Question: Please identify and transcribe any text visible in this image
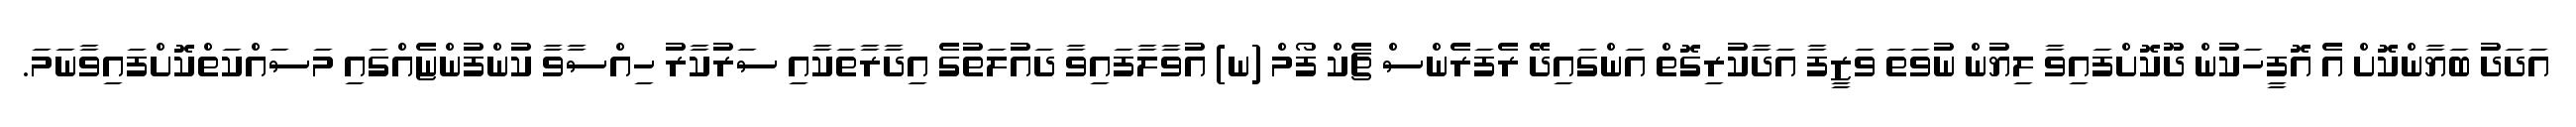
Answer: އަދަދު ބަޔާންކޮށް އެ އޮފީހަކުން ދޫކޮށްފައިވާ ލިޔުން ނުވަތަ ވަޒީފާ އަދާކުރިގޮތް އަންގައިދޭ ރެފަރެންސް ޗެކް ފޯމް (ނ) އުވާލާފައިވާ ދައުލަތުގެ އިދާރާތަކާއި ސަރުކާރު ހިއްސާވާ ކުންފުންޏެއްގައި މަސައްކަތްކޮށްފައިވާނަމަ.